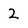
Character: 2